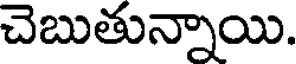
చెబుతున్నాయి.